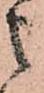
之